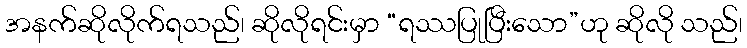
အနက်ဆိုလိုက်ရသည်၊ ဆိုလိုရင်းမှာ “ရဿပြုပြီးသော”ဟု ဆိုလို သည်၊